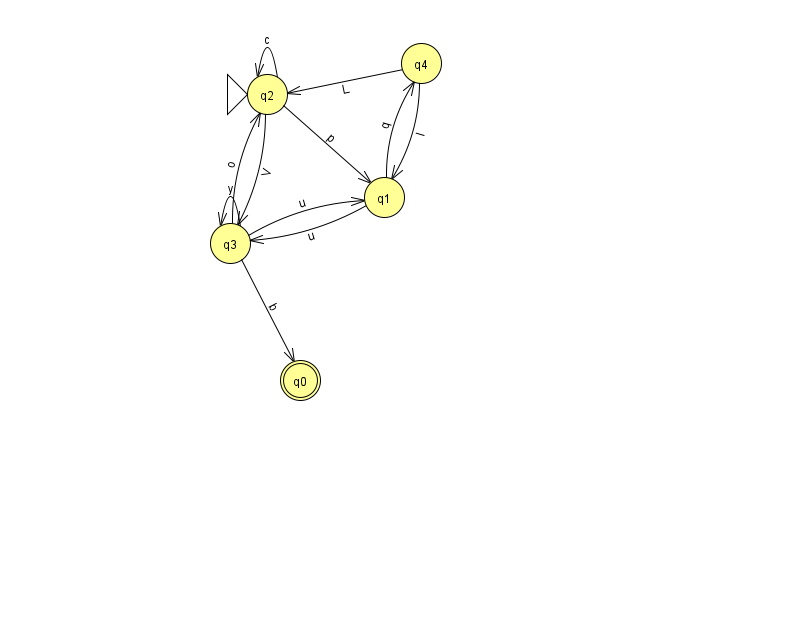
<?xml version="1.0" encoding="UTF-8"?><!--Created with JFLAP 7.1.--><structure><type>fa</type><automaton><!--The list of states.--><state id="0" name="q0"><x>300.0</x><y>367.0</y><final/></state><state id="1" name="q1"><x>384.0</x><y>184.0</y></state><state id="2" name="q2"><x>267.0</x><y>81.0</y><initial/></state><state id="3" name="q3"><x>230.0</x><y>230.0</y></state><state id="4" name="q4"><x>421.0</x><y>50.0</y></state><!--The list of transitions.--><transition><from>4</from><to>1</to><read>l</read></transition><transition><from>2</from><to>2</to><read>c</read></transition><transition><from>2</from><to>1</to><read>p</read></transition><transition><from>3</from><to>2</to><read>o</read></transition><transition><from>4</from><to>2</to><read>L</read></transition><transition><from>3</from><to>0</to><read>b</read></transition><transition><from>3</from><to>3</to><read>y</read></transition><transition><from>1</from><to>3</to><read>u</read></transition><transition><from>3</from><to>1</to><read>u</read></transition><transition><from>1</from><to>4</to><read>q</read></transition><transition><from>2</from><to>3</to><read>V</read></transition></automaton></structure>